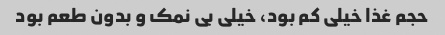
حجم غذا خیلی کم بود، خیلی بی نمک و بدون طعم بود